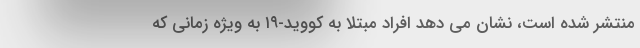
منتشر شده است، نشان می دهد افراد مبتلا به کووید-۱۹ به ویژه زمانی که